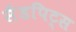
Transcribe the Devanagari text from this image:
सैंडपिट्स